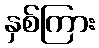
နှစ်ကြား